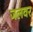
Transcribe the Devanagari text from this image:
जलवर